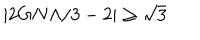
\left| 2 G N \Lambda / 3 - 2 \right| \geq \sqrt { 3 }